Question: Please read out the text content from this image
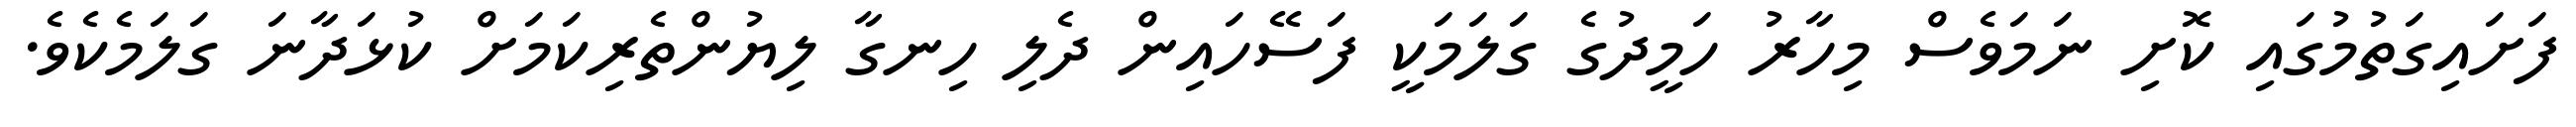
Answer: ފަށައިގަތުމުގައި ކޮށި ނަމަވެސް މިހާރު ހަމީދުގެ ގަލަމަކީ ފަސޭހައިން ދެލި ހިނގާ ލިޔުންތެރިކަމަށް ކުޅަދާނަ ގަލަމެކެވެ.